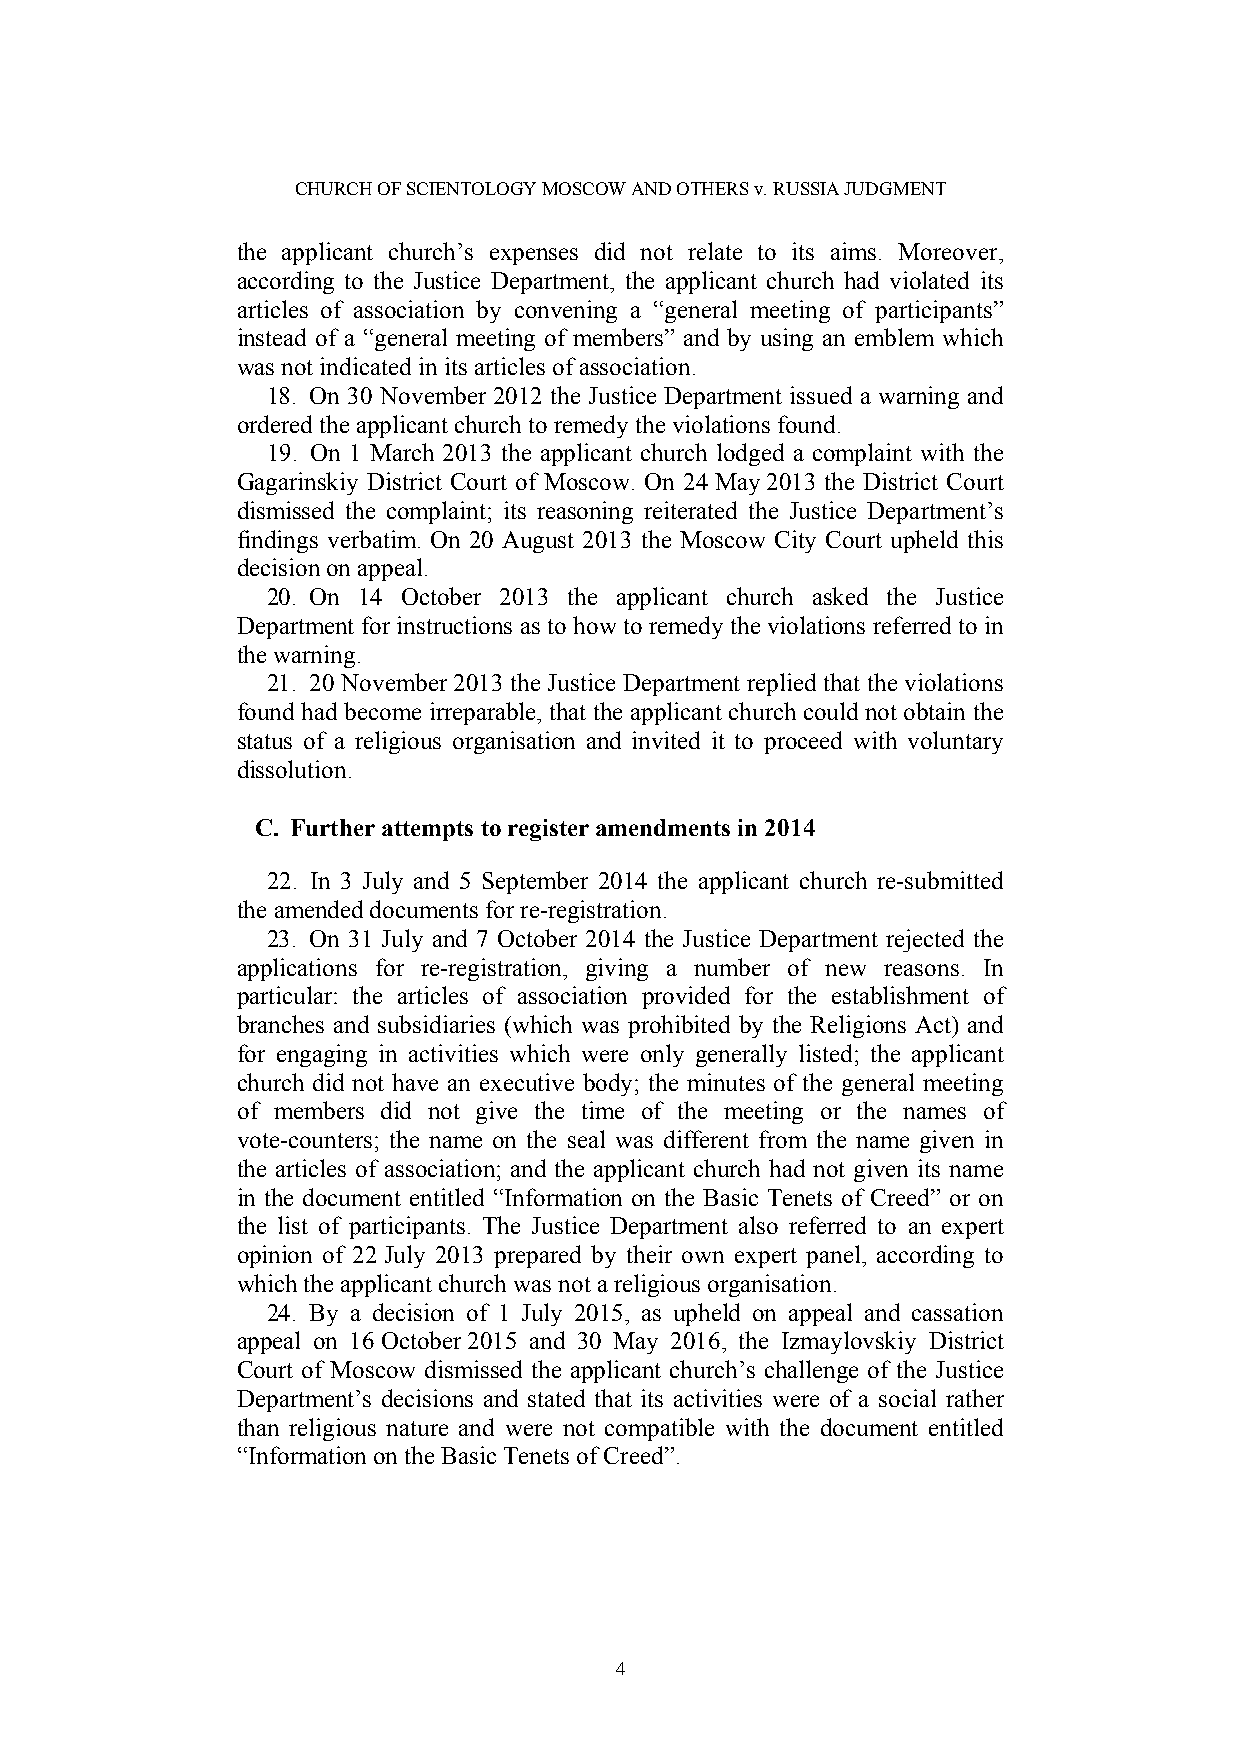
CHURCH OF SCIENTOLOGY MOSCOW AND OTHERS v. RUSSIA JUDGMENT
 the applicant church’s expenses did not relate to its aims. Moreover,
 according to the Justice Department, the applicant church had violated its
 articles of association by convening a “general meeting of participants”
 instead of a “general meeting of members” and by using an emblem which
 was not indicated in its articles of association.
 18. On 30 November 2012 the Justice Department issued a warning and
 ordered the applicant church to remedy the violations found.
 19. On 1 March 2013 the applicant church lodged a complaint with the
 Gagarinskiy District Court of Moscow. On 24 May 2013 the District Court
 dismissed the complaint; its reasoning reiterated the Justice Department’s
 findings verbatim. On 20 August 2013 the Moscow City Court upheld this
 decision on appeal.
 20. On 14 October 2013 the applicant church asked the Justice
 Department for instructions as to how to remedy the violations referred to in
 the warning.
 21. 20 November 2013 the Justice Department replied that the violations
 found had become irreparable, that the applicant church could not obtain the
 status of a religious organisation and invited it to proceed with voluntary
 dissolution.
 C. Further attempts to register amendments in 2014
 22. In 3 July and 5 September 2014 the applicant church re-submitted
 the amended documents for re-registration.
 23. On 31 July and 7 October 2014 the Justice Department rejected the
 applications for re-registration, giving a number of new reasons. In
 particular: the articles of association provided for the establishment of
 branches and subsidiaries (which was prohibited by the Religions Act) and
 for engaging in activities which were only generally listed; the applicant
 church did not have an executive body; the minutes of the general meeting
 of members did not give the time of the meeting or the names of
 vote-counters; the name on the seal was different from the name given in
 the articles of association; and the applicant church had not given its name
 in the document entitled “Information on the Basic Tenets of Creed” or on
 the list of participants. The Justice Department also referred to an expert
 opinion of 22 July 2013 prepared by their own expert panel, according to
 which the applicant church was not a religious organisation.
 24. By a decision of 1 July 2015, as upheld on appeal and cassation
 appeal on 16 October 2015 and 30 May 2016, the Izmaylovskiy District
 Court of Moscow dismissed the applicant church’s challenge of the Justice
 Department’s decisions and stated that its activities were of a social rather
 than religious nature and were not compatible with the document entitled
 “Information on the Basic Tenets of Creed”.
 4